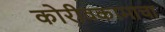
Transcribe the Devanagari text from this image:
कोरीवकामाचा